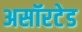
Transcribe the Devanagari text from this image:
असॉरटेड